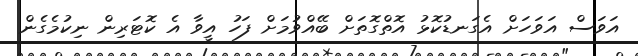
އަވަސް އަވަހަށް އެގަނޑުކޮޅު އޮތްގޮތަށް ބޭއްވުމަށް ފަހު އީވާ އެ ކޮޓަރިން ނިކުމެގެން